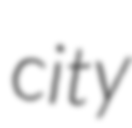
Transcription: city